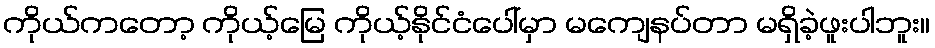
ကိုယ်ကတော့ ကိုယ့်မြေ ကိုယ့်နိုင်ငံပေါ်မှာ မကျေနပ်တာ မရှိခဲ့ဖူးပါဘူး။